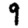
Digit: 9